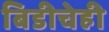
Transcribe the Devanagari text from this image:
बिडीचेही